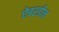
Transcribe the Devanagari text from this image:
ऐबरडीन